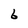
Character: 6